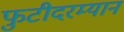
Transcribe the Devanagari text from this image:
फुटीदरम्यान